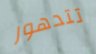
تتدهور